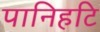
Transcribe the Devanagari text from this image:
पानिहटि